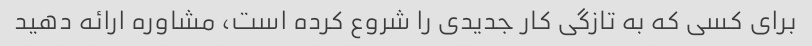
برای کسی که به تازگی کار جدیدی را شروع کرده است، مشاوره ارائه دهید